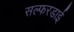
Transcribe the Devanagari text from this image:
सल्फरडाई